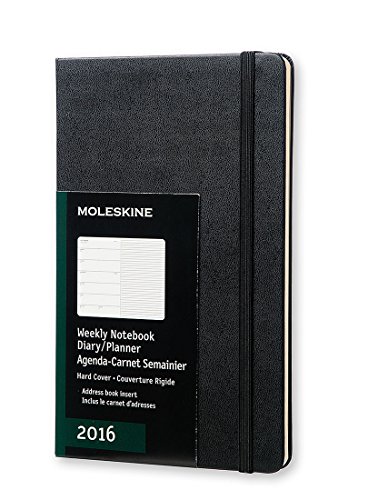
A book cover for Moleskine 2016 Weekly Notebook, 12M, Large, Black, Hard Cover (5 x 8.25); Moleskine; Calendars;